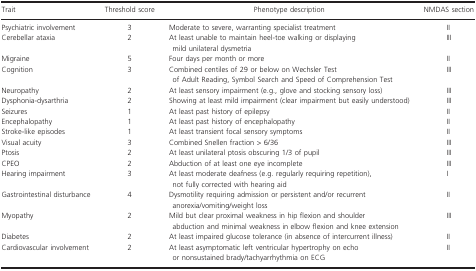
| Trait | Threshold score | Phenotype description | NMDAS section |
 | --- | --- | --- | --- |
 | Psychiatric involvement | 3 | Moderate to severe, warranting specialist treatment | II |
 | Cerebellar ataxia | 2 | At least unable to maintain heel‐toe walking or displaying mild unilateral dysmetria | III |
 | Migraine | 5 | Four days per month or more | II |
 | Cognition | 3 | Combined centiles of 29 or below on Wechsler Test of Adult Reading, Symbol Search and Speed of Comprehension Test | III |
 | Neuropathy | 2 | At least sensory impairment (e.g., glove and stocking sensory loss) | III |
 | Dysphonia‐dysarthria | 2 | Showing at least mild impairment (clear impairment but easily understood) | III |
 | Seizures | 1 | At least past history of epilepsy | II |
 | Encephalopathy | 1 | At least past history of encephalopathy | II |
 | Stroke‐like episodes | 1 | At least transient focal sensory symptoms | II |
 | Visual acuity | 3 | Combined Snellen fraction > 6/36 | III |
 | Ptosis | 2 | At least unilateral ptosis obscuring 1/3 of pupil | III |
 | CPEO | 2 | Abduction of at least one eye incomplete | III |
 | Hearing impairment | 3 | At least moderate deafness (e.g. regularly requiring repetition), not fully corrected with hearing aid | I |
 | Gastrointestinal disturbance | 4 | Dysmotility requiring admission or persistent and/or recurrent anorexia/vomiting/weight loss | II |
 | Myopathy | 2 | Mild but clear proximal weakness in hip flexion and shoulder abduction and minimal weakness in elbow flexion and knee extension | III |
 | Diabetes | 2 | At least impaired glucose tolerance (in absence of intercurrent illness) | II |
 | Cardiovascular involvement | 2 | At least asymptomatic left ventricular hypertrophy on echo or nonsustained brady/tachyarrhythmia on ECG | II |